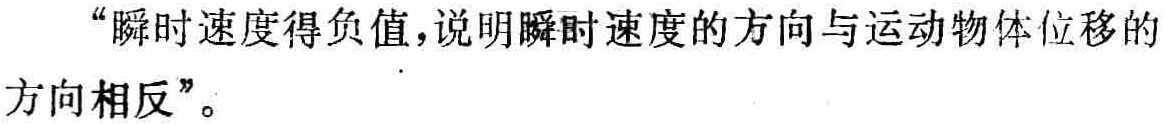
“瞬时速度得负值，说明瞬时速度的方向与运动物体位移的方向相反”。